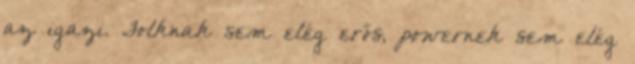
az igazi. Folknak sem elég erős, powernek sem elég